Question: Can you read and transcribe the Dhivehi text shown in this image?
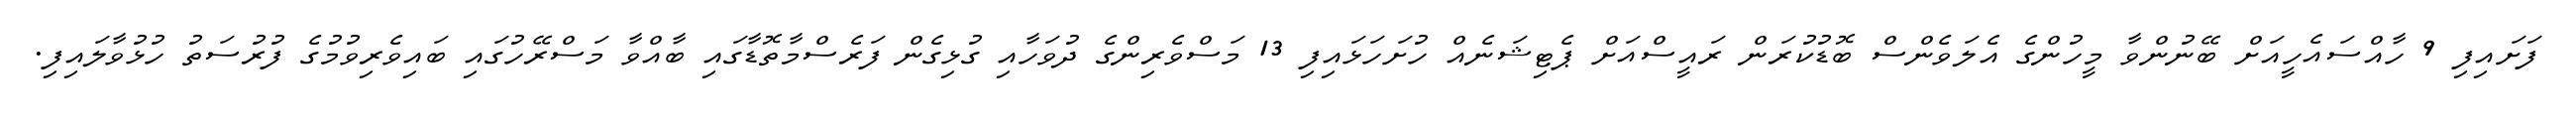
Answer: ފަށައިފި 9 ހާއްސައެހީއަށް ބޭނުންވާ މީހުންގެ އެލަވެންސް ބޮޑުކުރަން ރައީސްއަށް ޕެޓިޝަނެއް ހުށަހަޅައިފި 13 މަސްވެރިންގެ ދުވަހާއި ގުޅިގެން ފަރެސްމާތޮޑާގައި ބާއްވާ މަސްރޭހުގައި ބައިވެރިވުމުގެ ފުރުސަތު ހުޅުވާލައިފި.